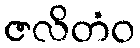
ဇလိတံဝ